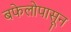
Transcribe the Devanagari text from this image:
बफेलोपासून